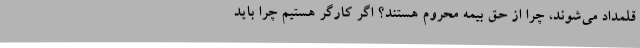
قلمداد می‌شوند، چرا از حق بیمه محروم هستند؟ اگر کارگر هستیم چرا باید